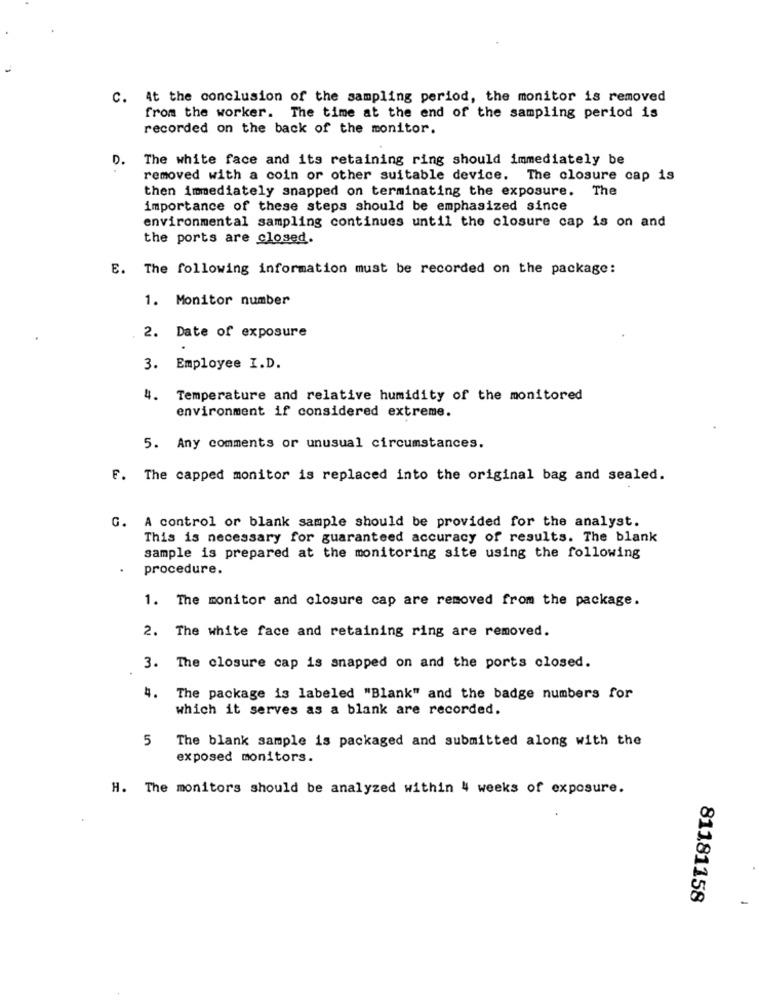
C. At the conclusion of the sampling period, the monitor is removed
from the worker. The time at the end of the sampling period is
recorded on the back of the monitor.
D.
The white face and its retaining ring should immediately be
removed with a coin or other suitable device. The closure cap is
then immediately snapped on terminating the exposure. The
importance of these steps should be emphasized since
environmental sampling continues until the closure cap is on and
the ports are closed.
E. The following information must be recorded on the package:
1. Monitor number
2. Date of exposure
3. Employee I.D.
4.
Temperature and relative humidity of the monitored
environment if considered extreme.
5. Any comments or unusual circumstances.
F. The capped monitor is replaced into the original bag and sealed.
G. A control or blank sample should be provided for the analyst.
This is necessary for guaranteed accuracy of results. The blank
sample is prepared at the monitoring site using the following
procedure.
1. The monitor and closure cap are removed from the package.
2. The white face and retaining ring are removed.
3. The closure cap is snapped on and the ports closed.
4.
The package is labeled "Blank" and the badge numbers for
which it serves as a blank are recorded.
5 The blank sample is packaged and submitted along with the
exposed monitors.
H. The monitors should be analyzed within 4 weeks of exposure.
81181158